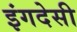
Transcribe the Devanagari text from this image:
इंगदेसी